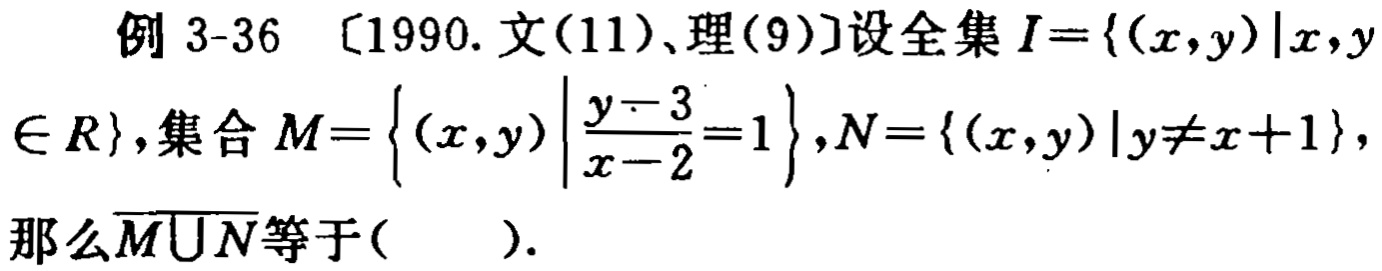
例 3-36 [1990. 文(11)、理(9)]设全集 \(I = \{(x,y)|x,y\in R\}\),集合 \(M = \left\{(x,y)\left|\frac{y - 3}{x - 2}=1\right.\right\},N = \{(x,y)|y\neq x + 1\}\),那么\(\overline{M\cup N}\)等于(  ).